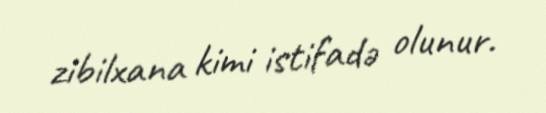
zibilxana kimi istifadə olunur.